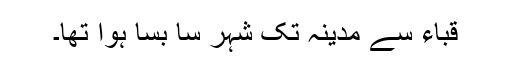
قباء سے مدینہ تک شہر سا بسا ہوا تھا۔